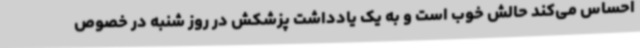
احساس می‌کند حالش خوب است و به یک یادداشت پزشکش در روز شنبه در خصوص